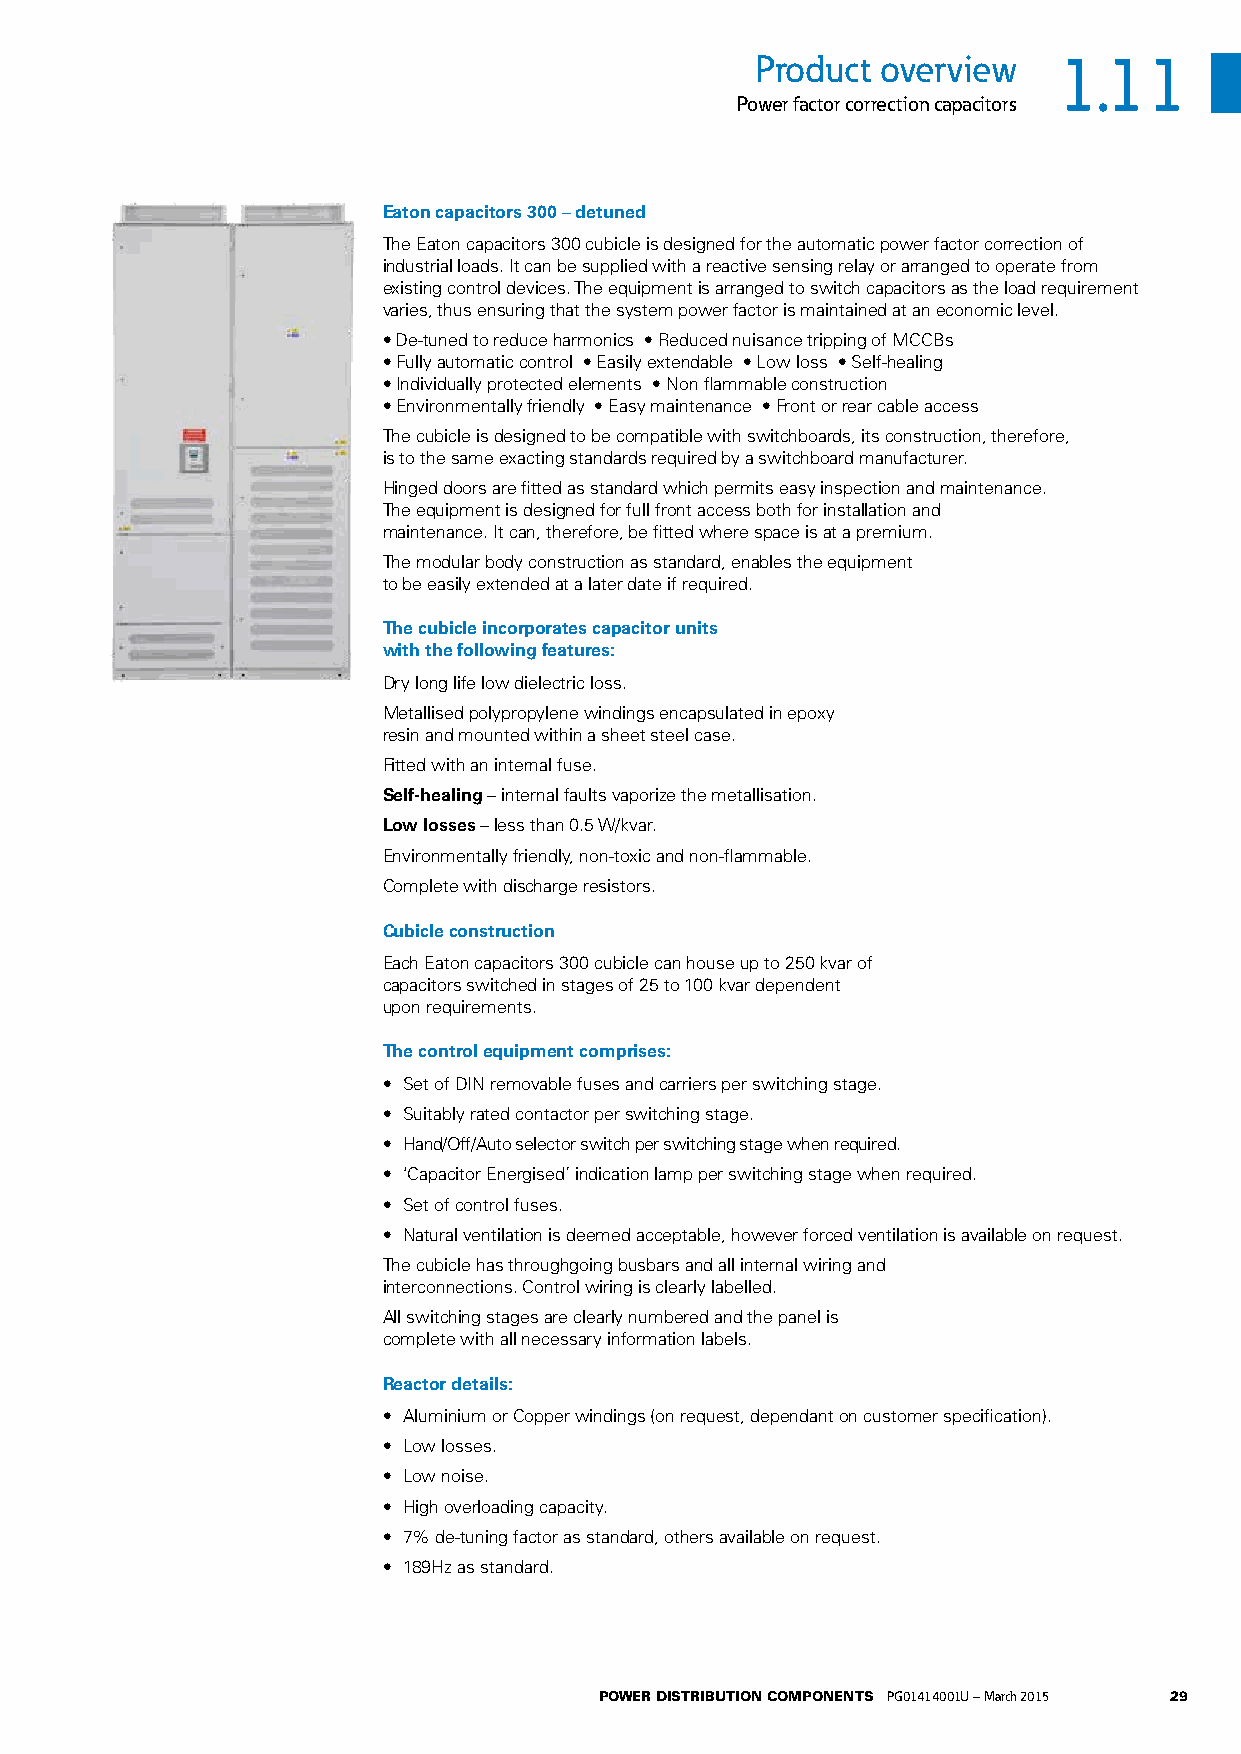
Product overview    1.11
 Power factor correction capacitors
 Eaton capacitors 300 – detuned
 The Eaton capacitors 300 cubicle is designed for the automatic power factor correction of
 industrial loads. It can be supplied with a reactive sensing relay or arranged to operate from
 existing control devices. The equipment is arranged to switch capacitors as the load requirement
 varies, thus ensuring that the system power factor is maintained at an economic level.
 • De-tuned to reduce harmonics • Reduced nuisance tripping of MCCBs
 • Fully automatic control • Easily extendable • Low loss • Self-healing
 • Individually protected elements • Non flammable construction
 • Environmentally friendly • Easy maintenance • Front or rear cable access
 The cubicle is designed to be compatible with switchboards, its construction, therefore,
 is to the same exacting standards required by a switchboard manufacturer.
 Hinged doors are fitted as standard which permits easy inspection and maintenance.
 The equipment is designed for full front access both for installation and
 maintenance. It can, therefore, be fitted where space is at a premium.
 The modular body construction as standard, enables the equipment
 to be easily extended at a later date if required.
 The cubicle incorporates capacitor units
 with the following features:
 Dry long life low dielectric loss.
 Metallised polypropylene windings encapsulated in epoxy
 resin and mounted within a sheet steel case.
 Fitted with an internal fuse.
 Self-healing – internal faults vaporize the metallisation.
 Low losses – less than 0.5 W/kvar.
 Environmentally friendly, non-toxic and non-flammable.
 Complete with discharge resistors.
 Cubicle construction
 Each Eaton capacitors 300 cubicle can house up to 250 kvar of
 capacitors switched in stages of 25 to 100 kvar dependent
 upon requirements.
 The control equipment comprises:
 • Set of DIN removable fuses and carriers per switching stage.
 • Suitably rated contactor per switching stage.
 • Hand/Off/Auto selector switch per switching stage when required.
 • ‘Capacitor Energised’ indication lamp per switching stage when required.
 • Set of control fuses.
 • Natural ventilation is deemed acceptable, however forced ventilation is available on request.
 The cubicle has throughgoing busbars and all internal wiring and
 interconnections. Control wiring is clearly labelled.
 All switching stages are clearly numbered and the panel is
 complete with all necessary information labels.
 Reactor details:
 • Aluminium or Copper windings (on request, dependant on customer specification).
 • Low losses.
 • Low noise.
 • High overloading capacity.
 • 7% de-tuning factor as standard, others available on request.
 • 189Hz as standard.
 POWER DISTRIBUTION COMPONENTS PG01414001U – March 2015 29